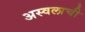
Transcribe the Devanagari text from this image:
अस्वलाची